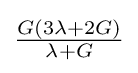
{\tfrac {G(3\lambda +2G)}{\lambda +G}}